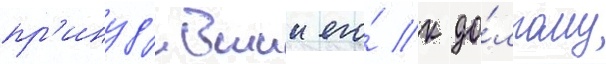
пр'инуд'ившии его́ к до́лгому